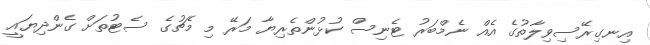
އިނގިރޭސިވިލާތުގެ އެއް ނެމްބަރު ޓެނިސް ކުޅުންތެރިޔާ މަރޭ މި މެޗުގެ ސެޓުތަށް ގެންދިޔައީ